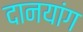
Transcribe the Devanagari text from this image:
दानयांग